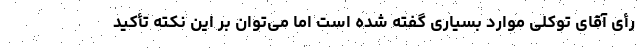
رأی آقای توکلی موارد بسیاری گفته شده است اما می‌توان بر این نکته تأکید